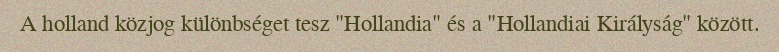
A holland közjog különbséget tesz "Hollandia" és a "Hollandiai Királyság" között.